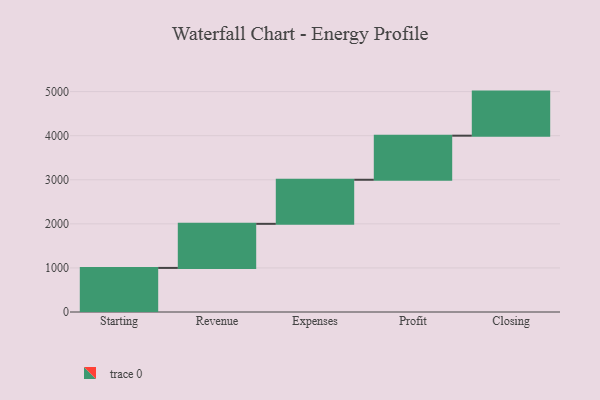
{"axis": {"x": "Step", "y": "Value"}, "legend": [""], "data": [{"x": "Starting", "y": 1000, "type": ""}, {"x": "Revenue", "y": 1000, "type": ""}, {"x": "Expenses", "y": 1000, "type": ""}, {"x": "Profit", "y": 1000, "type": ""}, {"x": "Closing", "y": 1000, "type": ""}]}